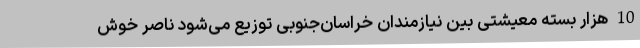
10 هزار بسته معیشتی بین نیازمندان خراسان‌جنوبی توزیع می‌شود ناصر خوش